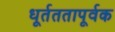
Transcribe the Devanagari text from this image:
धूर्तततापूर्वक